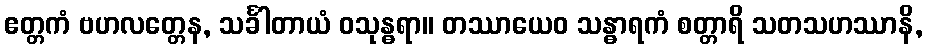
ဧတ္တကံ ဗဟလတ္တေန, သင်္ခါတာယံ ဝသုန္ဓရာ။ တဿာယေဝ သန္ဓာရကံ စတ္တာရိ သတသဟဿာနိ,